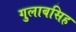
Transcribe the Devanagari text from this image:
गुलाबसिह